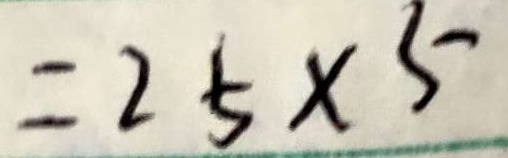
= 2 5 \times 5